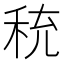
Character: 𬓦